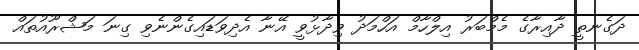
ދަގެނތީ ދާއިރާގެ މެމްބަރު އިލްހާމް އަހްމަދު ވިދާޅުވީ އޭނާ އެދިވަޑައިގެންނެވި ގިނަ މަޝްރޫއުތައް